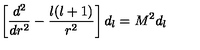
\left[ { \frac { d ^ { 2 } } { d r ^ { 2 } } } - { \frac { l ( l + 1 ) } { r ^ { 2 } } } \right] d _ { l } = M ^ { 2 } d _ { l }